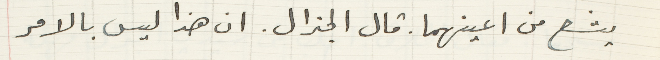
يشع من اعينهما. قال الجنرال. ان هذا ليس بالامر